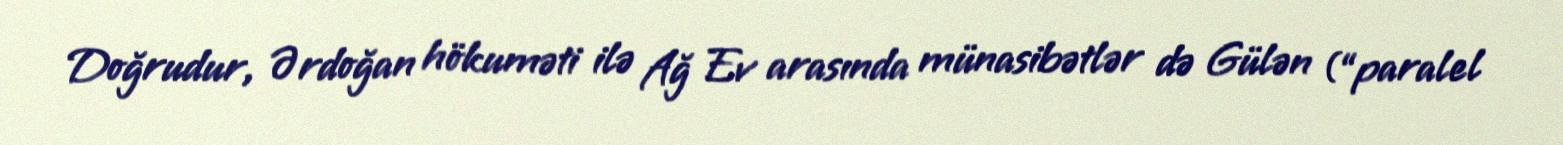
Doğrudur, Ərdoğan hökuməti ilə Ağ Ev arasında münasibətlər də Gülən (“paralel